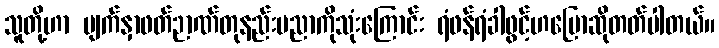
သူတို့ဟာ မျက်နှာဖတ်ဉာဏ်တုနည်းပညာကိုသုံးကြောင်း ရံဖန်ရံခါဖွင့်ဟပြောဆိုတတ်ပါတယ်။